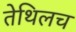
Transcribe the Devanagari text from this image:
तेथिलच